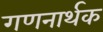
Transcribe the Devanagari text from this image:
गणनार्थक